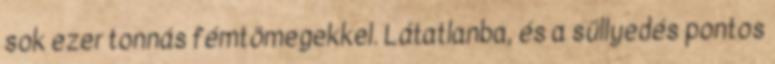
sok ezer tonnás fémtömegekkel. Látatlanba, és a süllyedés pontos